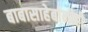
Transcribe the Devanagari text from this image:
बाबासाहेबांनीही